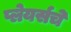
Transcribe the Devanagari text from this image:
प्लेयर्सचे